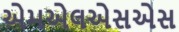
એમએલએસએસ